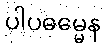
ပါပဓမ္မေန